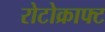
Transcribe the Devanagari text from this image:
रोटोक्राफ्ट